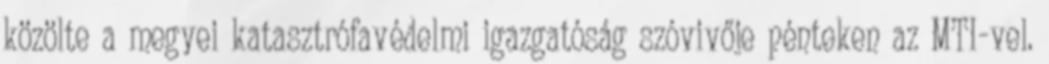
közölte a megyei katasztrófavédelmi igazgatóság szóvivője pénteken az MTI-vel.